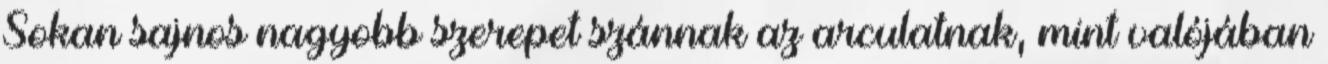
Sokan sajnos nagyobb szerepet szánnak az arculatnak, mint valójában